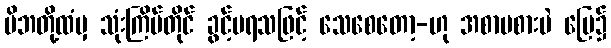
မိဘတို့ထံမှ သုံးကြိမ်တိုင် ခွင့်မရသဖြင့် သေစေတော့-ဟု အစာမစားပဲ မြေ၌